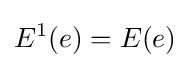
E^{1}(e)=E(e)